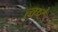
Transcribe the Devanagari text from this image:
त्वष्टे